65_HS1-834228961_62-HQ-83894_Section_8
Agency: FBI
Page 43
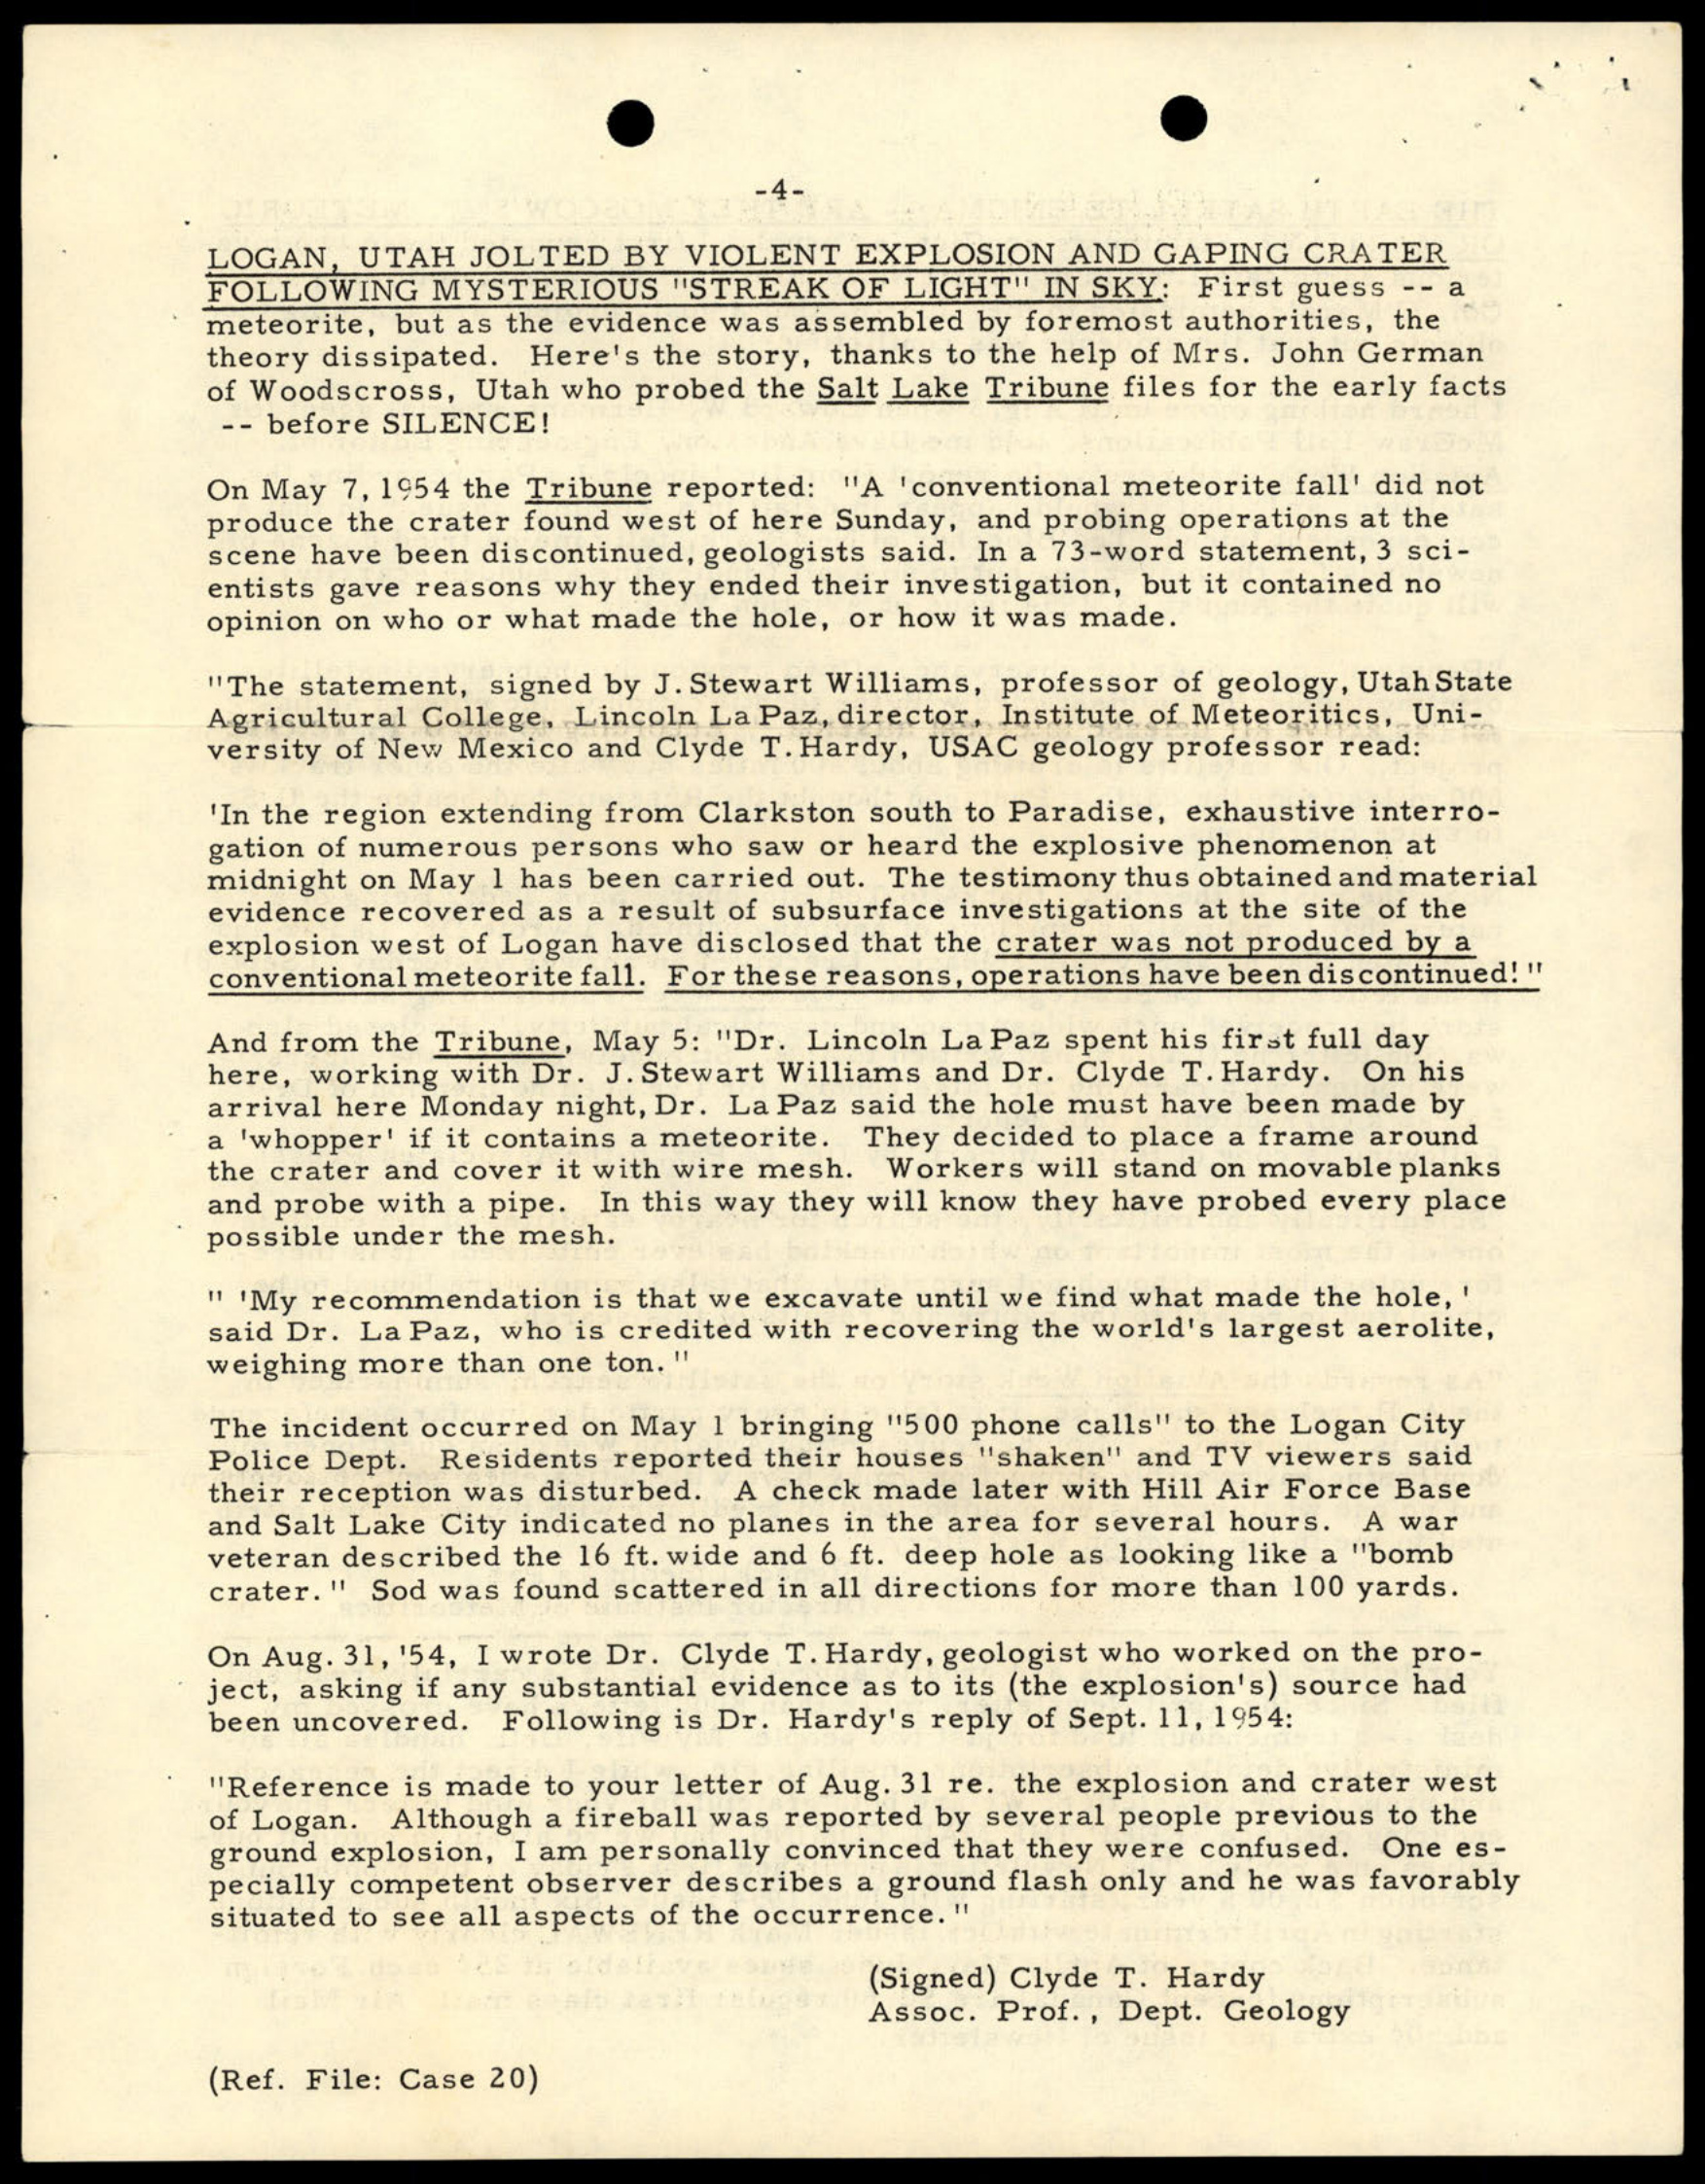